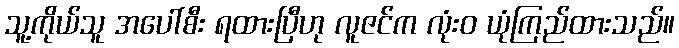
သူ့ကိုယ်သူ အပေါ်စီး ရထားပြီဟု လူဇင်က လုံးဝ ယုံကြည်ထားသည်။